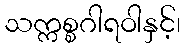
သက္ကစ္စဂါရဝါနှင့်၊